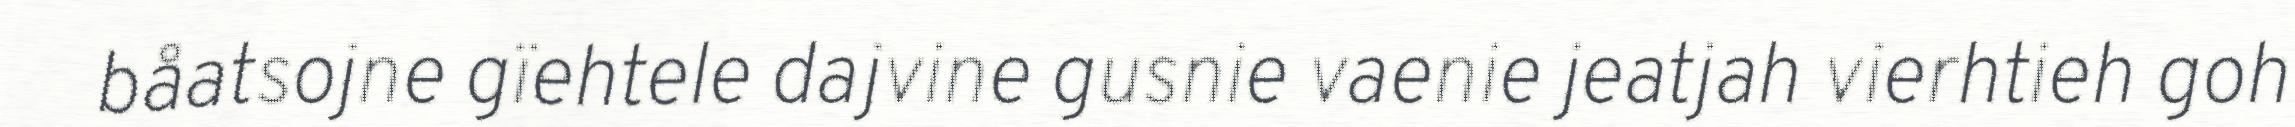
båatsojne gïehtele dajvine gusnie vaenie jeatjah vierhtieh goh